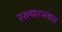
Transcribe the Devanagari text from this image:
रस्त्यारस्त्यात